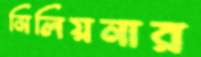
মিলিয়নার